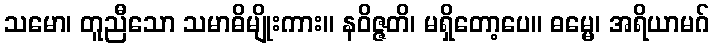
သမော၊ တူညီသော သမာဓိမျိုးကား။ နဝိဇ္ဇတိ၊ မရှိတော့ပေ။ ဓမ္မေ၊ အရိယာမဂ်